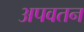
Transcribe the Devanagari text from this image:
अपवतन